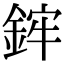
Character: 𨦭